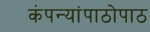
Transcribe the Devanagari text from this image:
कंपन्यांपाठोपाठ